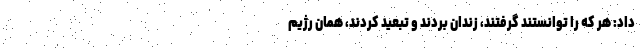
داد: هر که را توانستند گرفتند، زندان بردند و تبعید کردند، همان رژیم